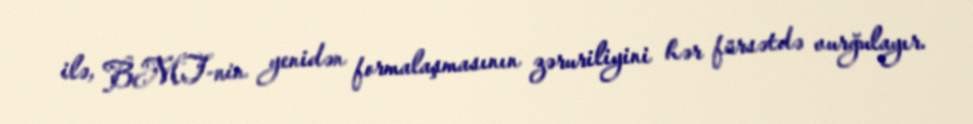
ilə, BMT-nin yenidən formalaşmasının zəruriliyini hər fürsətdə vurğulayır.